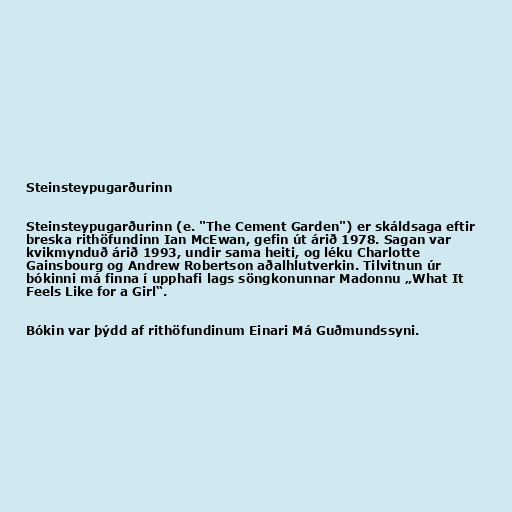
Steinsteypugarðurinn

Steinsteypugarðurinn (e. "The Cement Garden") er skáldsaga eftir
breska rithöfundinn Ian McEwan, gefin út árið 1978. Sagan var
kvikmynduð árið 1993, undir sama heiti, og léku Charlotte
Gainsbourg og Andrew Robertson aðalhlutverkin. Tilvitnun úr
bókinni má finna í upphafi lags söngkonunnar Madonnu „What It
Feels Like for a Girl“.

Bókin var þýdd af rithöfundinum Einari Má Guðmundssyni.